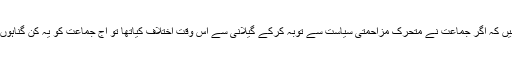
مبصرین سوال کرتے ہیں کہ اگر جماعت نے متحرک مزاحمتی سیاست سے توبہ کرکے گیلانی سے اُس وقت اختلاف کیاتھا تو آج جماعت کو یہ کن گناہوں کی سزا مل رہی ہے ؟